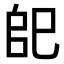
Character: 𢀹